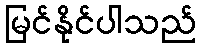
မြင်နိုင်ပါသည်